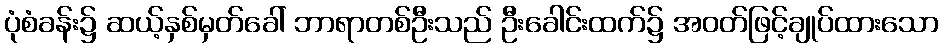
ပုံစံခန်း၌ ဆယ့်နှစ်မှတ်ခေါ် ဘာရာတစ်ဦးသည် ဦးခေါင်းထက်၌ အဝတ်ဖြင့်ချုပ်ထားသော